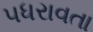
પધરાવતા